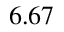
_ { 6 . 6 7 }